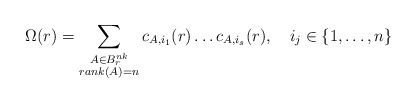
\begin{align*} \Omega(r) = \sum_{\substack{ A \in B_r^{nk} \\ rank(A) = n }} c_{A, i_1}(r) \dots c_{A, i_s}(r), \ \ \ i_j \in \{ 1, \dots, n \}\end{align*}